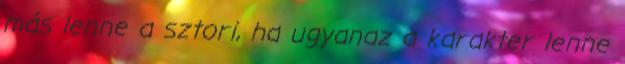
más lenne a sztori, ha ugyanaz a karakter lenne